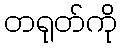
တရုတ်ကို